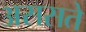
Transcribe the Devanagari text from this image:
अससते